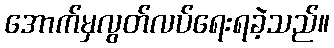
အောက်မှလွတ်လပ်ရေးရခဲ့သည်။